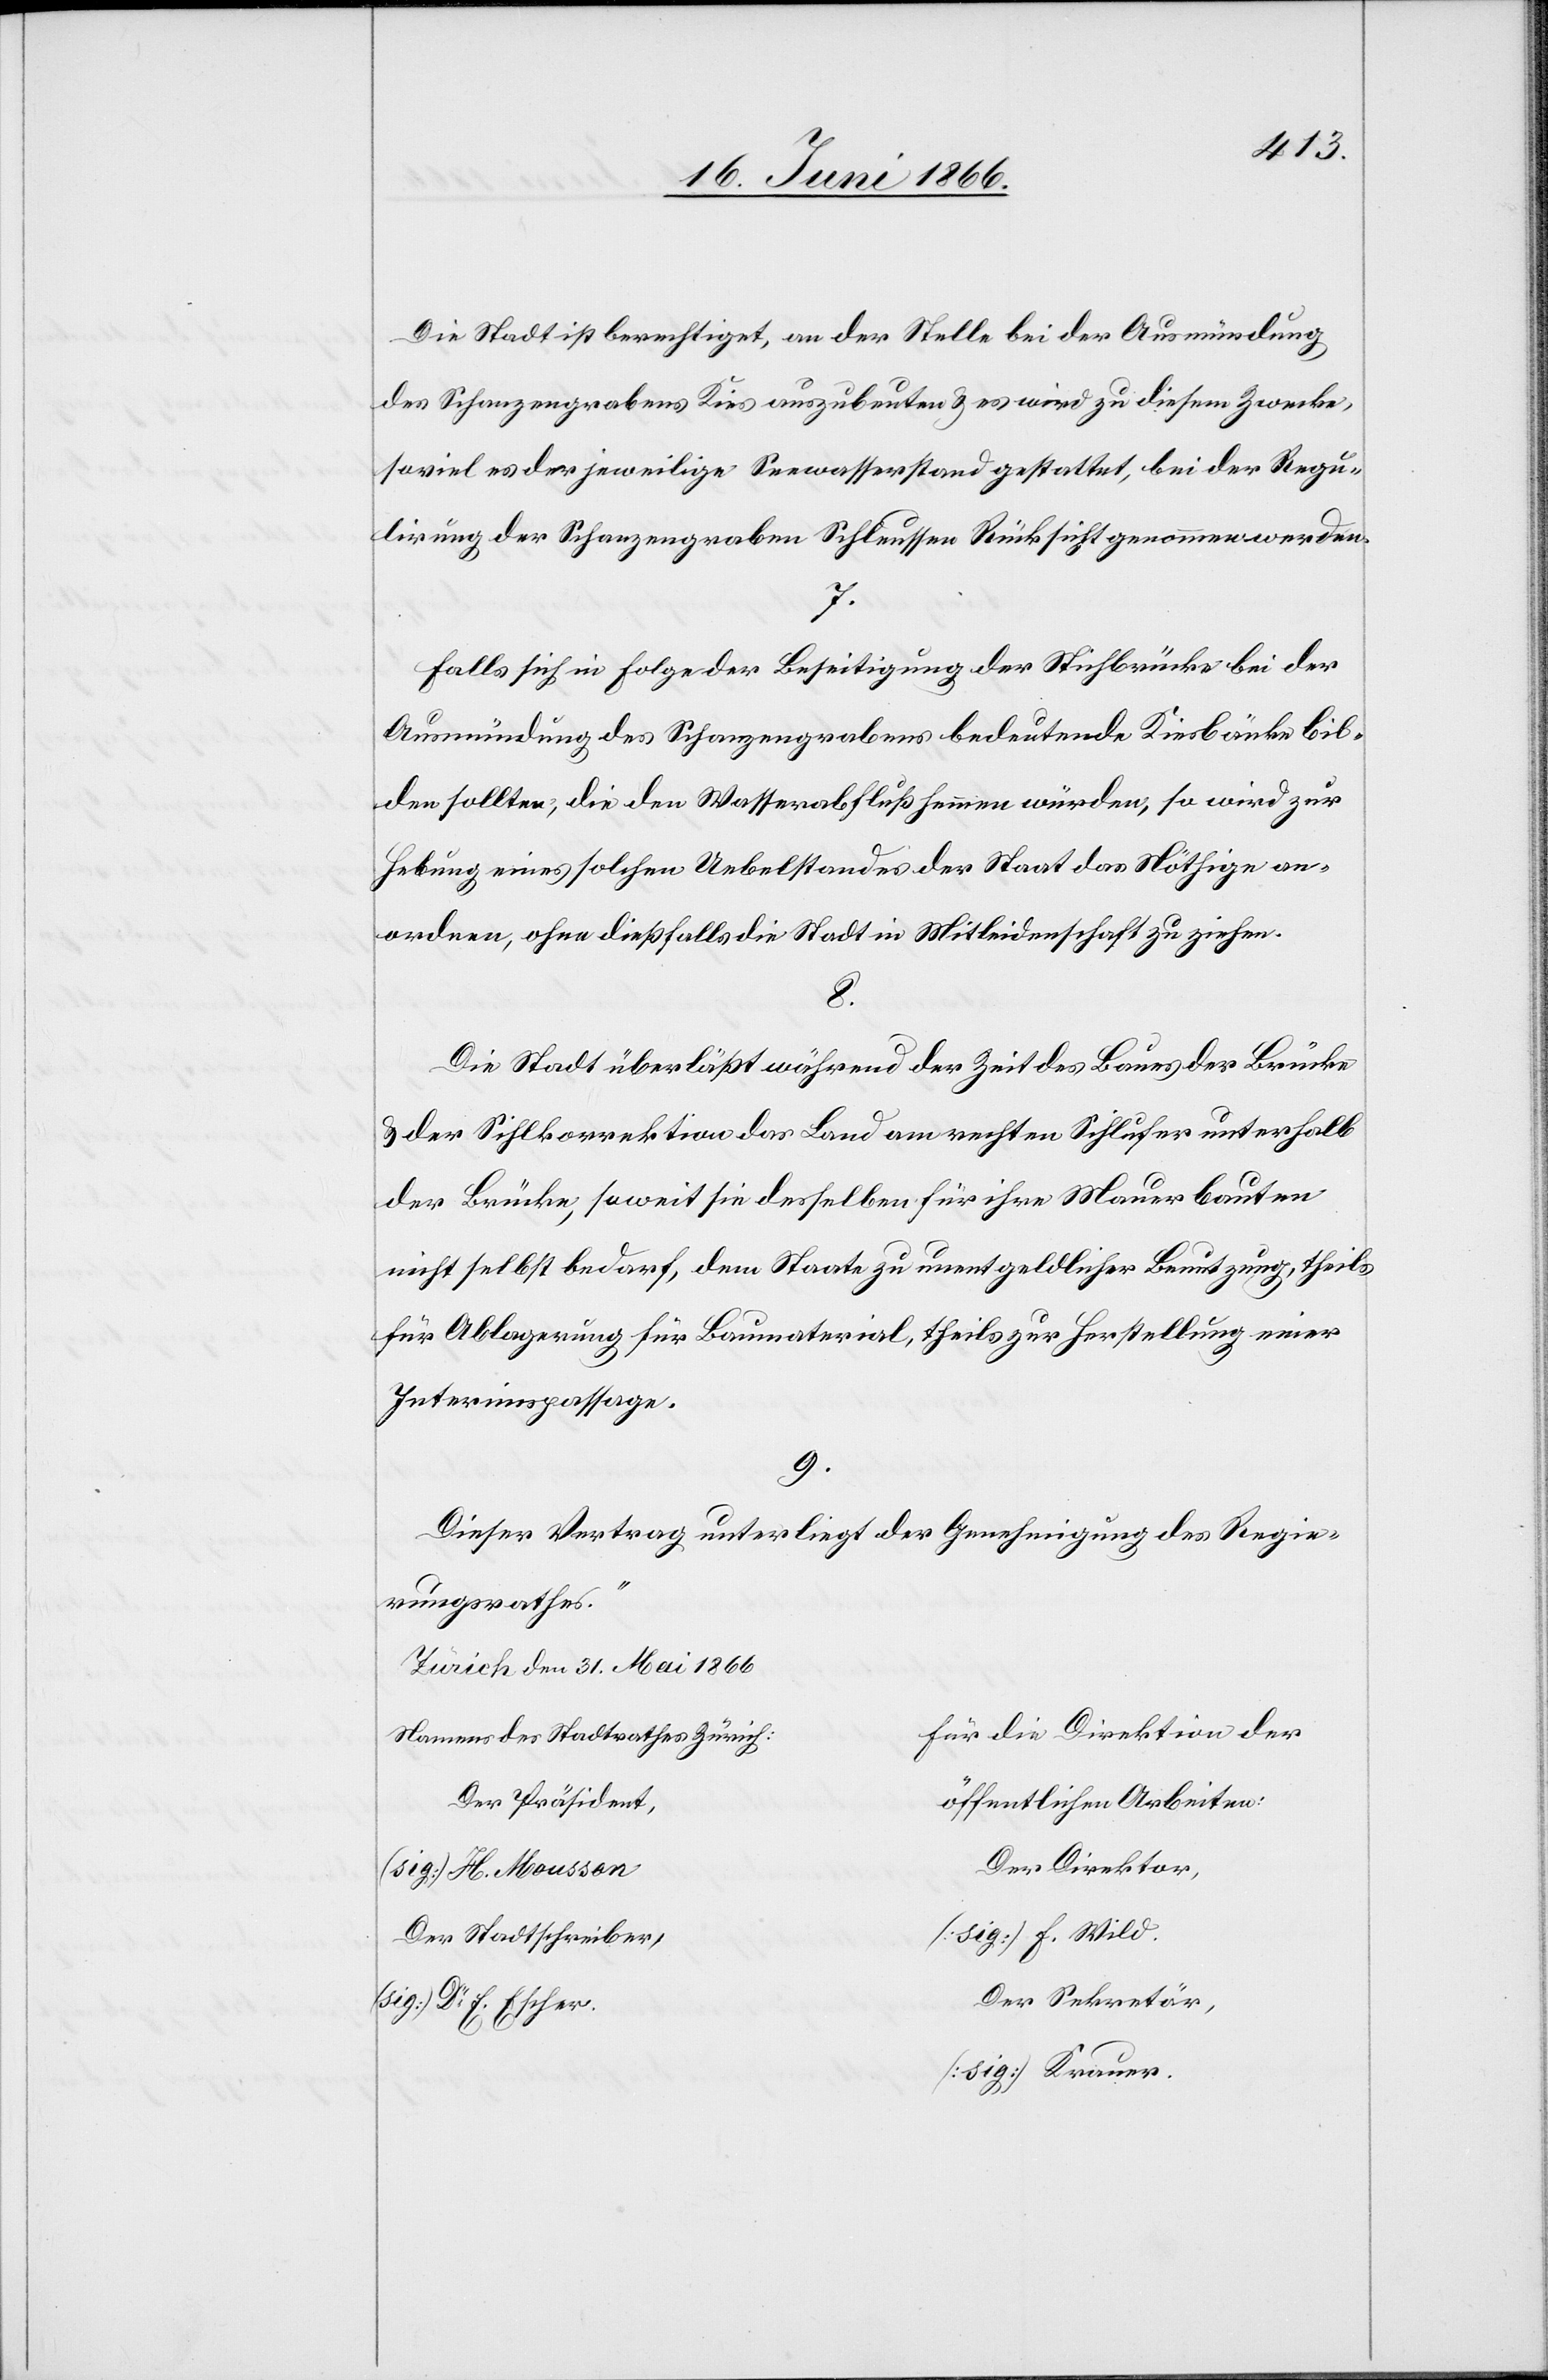
Die Stadt ist berechtigt, an der Stelle bei der Ausmündung
des Schanzengrabens Kies auszubeuten u. es wird zu diesem Zwecke,
soviel es der jeweilige Seewasserstand gestattet, bei der Regu¬
lirung der Schanzengraben Schleussen Rücksicht genommen werden.
7.
Falls sich in Folge der Beseitigung der Sihlbrücke bei der
Ausmündung des Schanzengrabens bedeutende Kiesbänke bil¬
den sollten, die den Wasserabfluß hemmen würden, so wird zur
Hebung eines solchen Uebelstandes der Staats das Nöthige an¬
ordnen, ohne dießfalls die Stadt in Mitleidenschaft zu ziehen.
8.
Die Stadt überläßt während der Zeit des Baues der Brücke
u. der Sihlkorrektion das Land am rechten Sihlufer unterhalb
der Brücke, soweit sie desselben für ihre Mauerbauten
nicht selbst bedarf, dem Staate zu unentgeltlicher Benutzung, theils
für Ablagerung für Baumaterial, theils zur Herstellung einer
Interimspassage.
9.
Dieser Vertrag unterliegt der Genehmigung des Regie¬
rungsrathes.“
Zürich den 31. Mai 1866
für die Direktion der
Namens des Stadtrathes Zürich:
der Präsident
öffentlichen Arbeiten:
Der Direktor
(sig:) H. Mousson
[sig] F. Wild,
Der Stadtschreiber,
Der Sekretär,
(sig:) Dr. E. Escher.
[sig] Krauer.